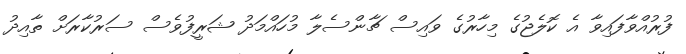
ފުރުއްވާފައިވާ އެ ކޮލެޖުގެ މިހާރުގެ ވައިސް ޗާންސެލާ މުހައްމަދު ޝަރީފުވެސް ސަރުކާރަށް ތާއިދު